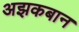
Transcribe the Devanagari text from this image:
अझकबान